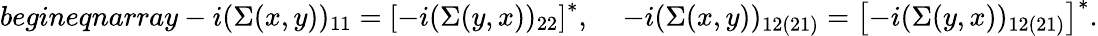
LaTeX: begin{eqnarray}-i(\Sigma(x,y))_{11}=\left[-i(\Sigma(y,x))_{22}\right]^{*},\; \; \; \; -i(\Sigma(x,y))_{12(21)}=\left[-i(\Sigma(y,x))_{12(21)}\right]^{*}.